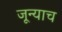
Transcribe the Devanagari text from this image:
जून्याच